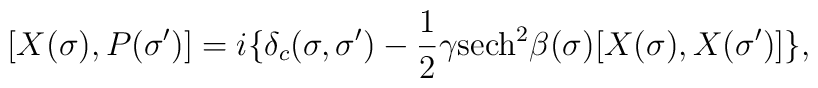
[X(\sigma),P(\sigma')]=i\{\delta _c(\sigma,\sigma')- \frac{1}{2}\gamma \textrm{sech}^2\beta(\sigma)[X(\sigma),X(\sigma')]\},